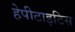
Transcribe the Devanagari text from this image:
हेपीटाइटिस